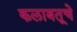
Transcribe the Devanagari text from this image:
कलाबतूचे